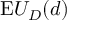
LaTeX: { \mathrm { E } } U _ { D } ( d )